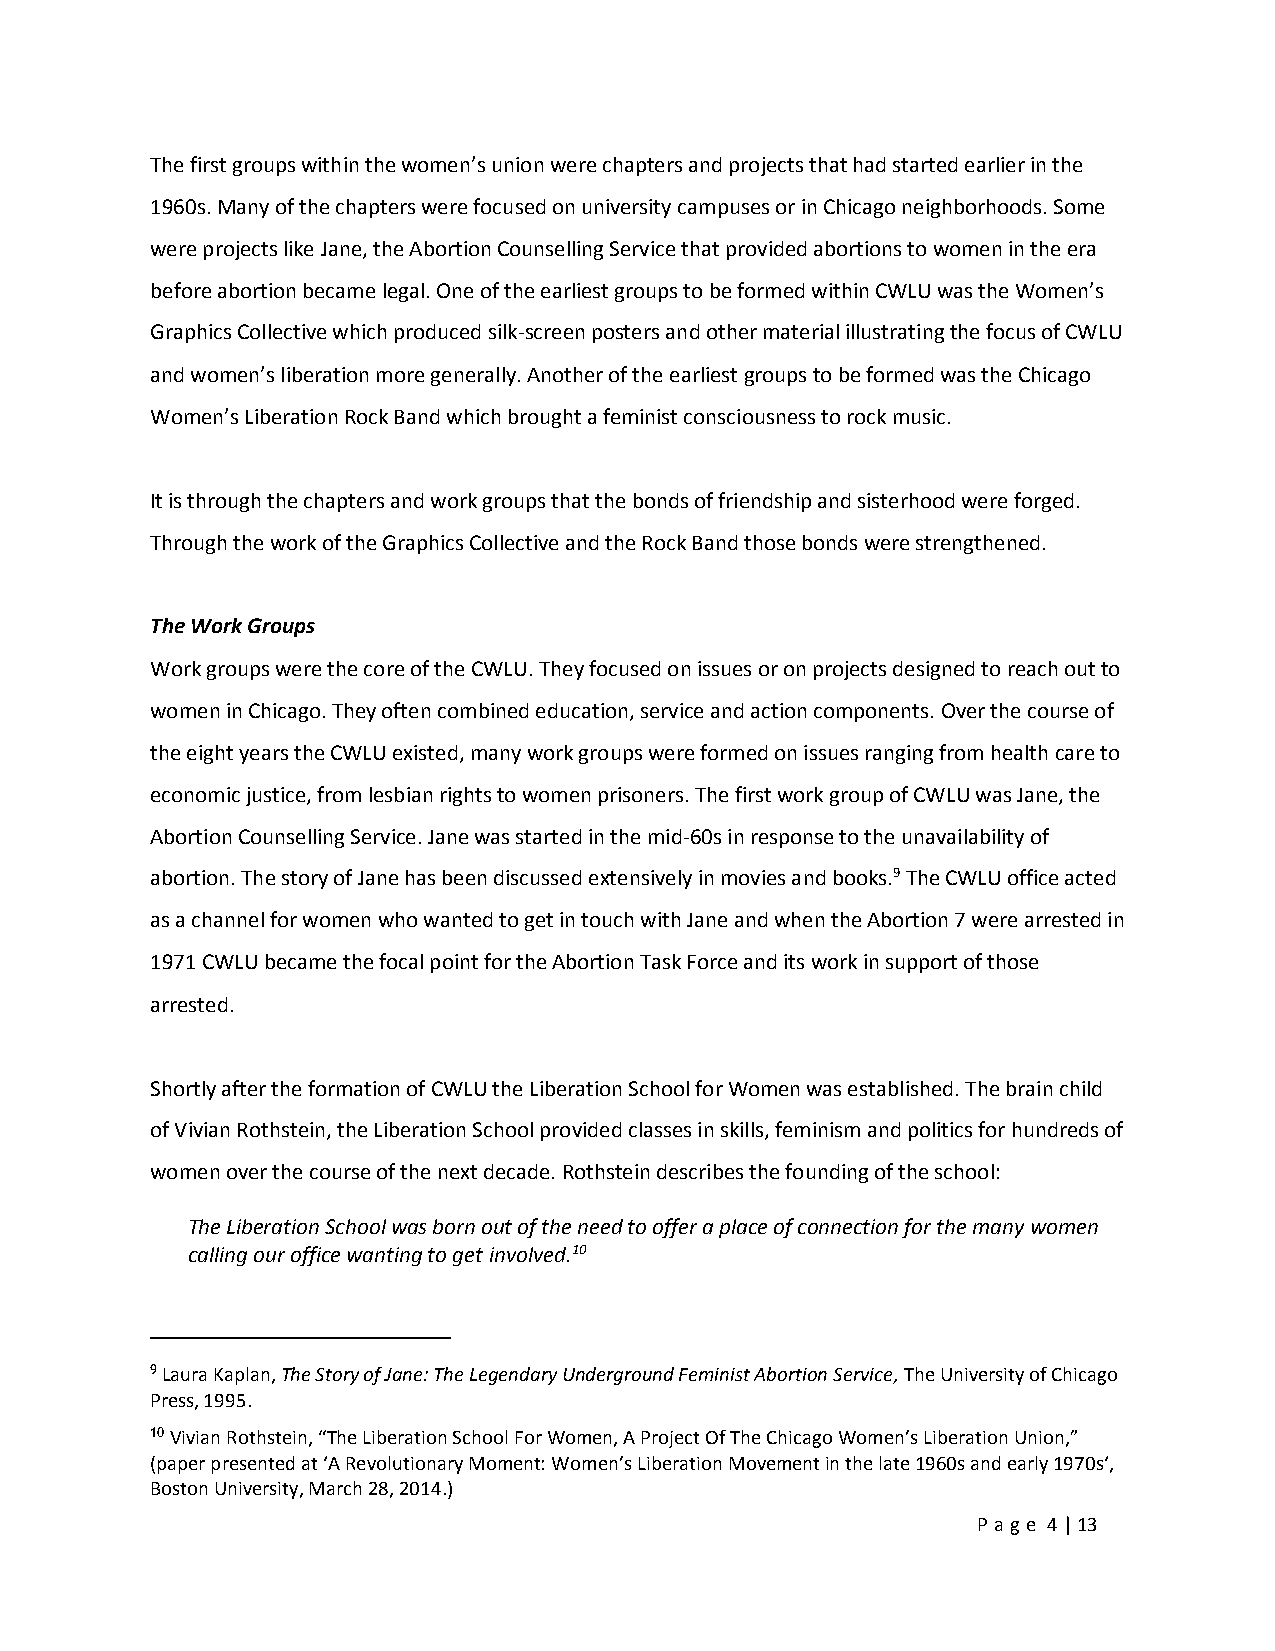
The first groups within the women’s union were chapters and projects that had started earlier in the
 1960s. Many of the chapters were focused on university campuses or in Chicago neighborhoods. Some
 were projects like Jane, the Abortion Counselling Service that provided abortions to women in the era
 before abortion became legal. One of the earliest groups to be formed within CWLU was the Women’s
 Graphics Collective which produced silk-screen posters and other material illustrating the focus of CWLU
 and women’s liberation more generally. Another of the earliest groups to be formed was the Chicago
 Women’s Liberation Rock Band which brought a feminist consciousness to rock music.
 It is through the chapters and work groups that the bonds of friendship and sisterhood were forged.
 Through the work of the Graphics Collective and the Rock Band those bonds were strengthened.
 The Work Groups
 Work groups were the core of the CWLU. They focused on issues or on projects designed to reach out to
 women in Chicago. They often combined education, service and action components. Over the course of
 the eight years the CWLU existed, many work groups were formed on issues ranging from health care to
 economic justice, from lesbian rights to women prisoners. The first work group of CWLU was Jane, the
 Abortion Counselling Service. Jane was started in the mid-60s in response to the unavailability of
 abortion. The story of Jane has been discussed extensively in movies and books.9 The CWLU office acted
 as a channel for women who wanted to get in touch with Jane and when the Abortion 7 were arrested in
 1971 CWLU became the focal point for the Abortion Task Force and its work in support of those
 arrested.
 Shortly after the formation of CWLU the Liberation School for Women was established. The brain child
 of Vivian Rothstein, the Liberation School provided classes in skills, feminism and politics for hundreds of
 women over the course of the next decade. Rothstein describes the founding of the school:
 The Liberation School was born out of the need to offer a place of connection for the many women
 calling our office wanting to get involved.10
 9 Laura Kaplan, The Story of Jane: The Legendary Underground Feminist Abortion Service, The University of Chicago
 Press, 1995.
 10 Vivian Rothstein, “The Liberation School For Women, A Project Of The Chicago Women’s Liberation Union,”
 (paper presented at ‘A Revolutionary Moment: Women’s Liberation Movement in the late 1960s and early 1970s‘,
 Boston University, March 28, 2014.)
 Pa ge 4 | 13